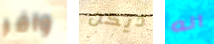
وافر ديكن انه